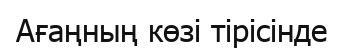
Ағаңның көзі тірісінде